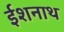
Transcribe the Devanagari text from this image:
ईशनाथ